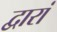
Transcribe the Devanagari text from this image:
द्वारां